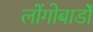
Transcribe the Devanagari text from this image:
लोंगोबार्डों